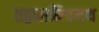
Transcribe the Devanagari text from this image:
तद्बालमित्रमथ